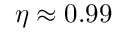
\eta \approx 0 . 9 9